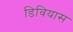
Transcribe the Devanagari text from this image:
डिवियास